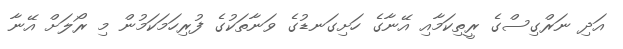
އަދި ނަރްގިސްގެ ރީތިކަމާއި އޭނާގެ ހަށިގަނޑުގެ ވަނާތަކުގެ ފުރިހަމަކަމުން މި ރޯލަށް އޭނާ